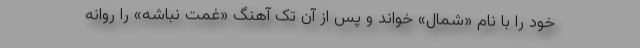
خود را با نام «شمال» خواند و پس از آن تک آهنگ «غمت نباشه» را روانه